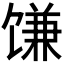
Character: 𫗱